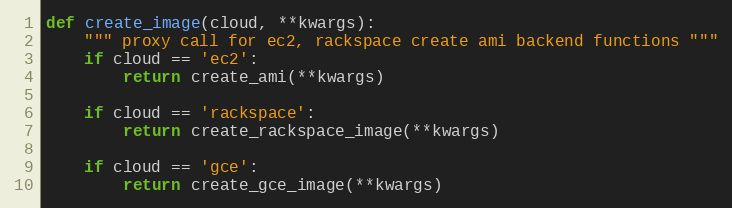
Language: Python
def create_image(cloud, **kwargs):
    """ proxy call for ec2, rackspace create ami backend functions """
    if cloud == 'ec2':
        return create_ami(**kwargs)

    if cloud == 'rackspace':
        return create_rackspace_image(**kwargs)

    if cloud == 'gce':
        return create_gce_image(**kwargs)